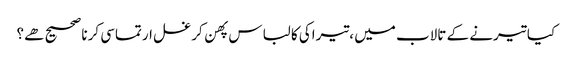
﻿ کیا تیرنے کے تالاب میں ،تیراکی کا لباس پهن کر غسل ارتماسی کرنا صحیح هے؟